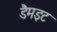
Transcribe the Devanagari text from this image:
डैमइट